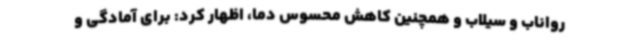
رواناب و سیلاب و همچنین کاهش محسوس دما، اظهار کرد: برای آمادگی و